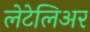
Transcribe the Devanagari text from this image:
लेटेलिअर